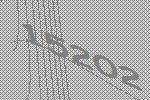
15202